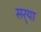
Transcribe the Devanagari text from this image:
सर्‍या